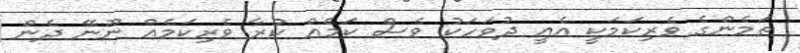
ތަމެންގެ ވެރިކަމަކީ އެއީ ދުވަހަކު ވެސް ކަމެއް ކުރާ ވެރިކަމެއް ނޫނޭ ދެން